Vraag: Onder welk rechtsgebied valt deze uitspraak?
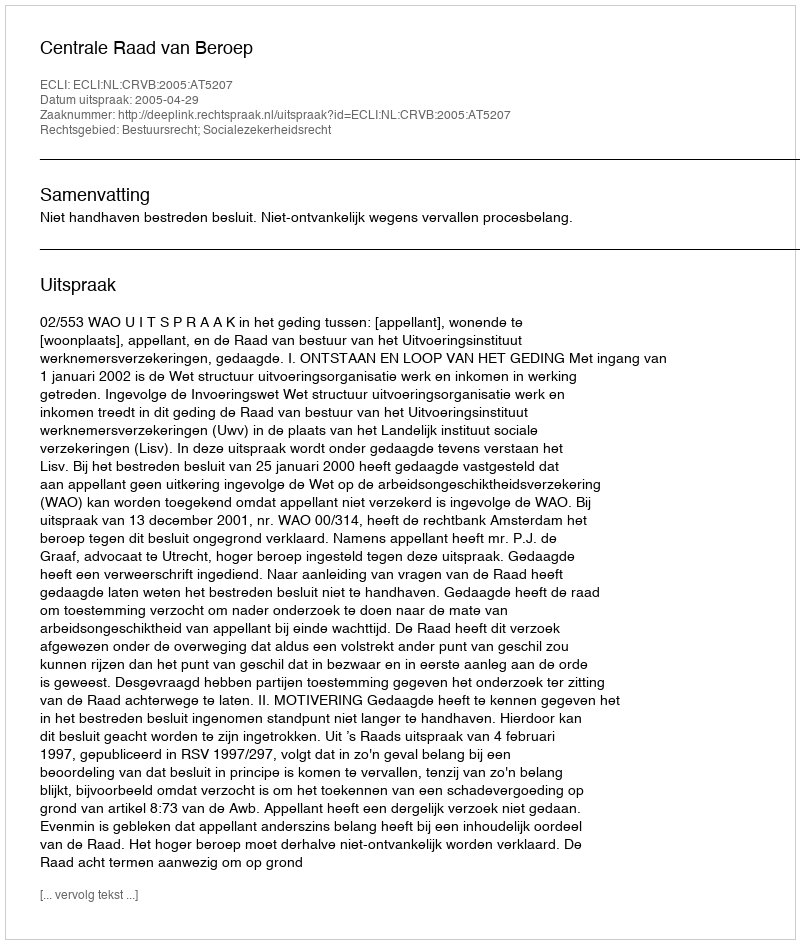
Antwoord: Bestuursrecht; Socialezekerheidsrecht